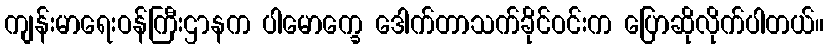
ကျန်းမာရေးဝန်ကြီးဌာနက ပါမောက္ခေ ဒေါက်တာသက်ခိုင်ဝင်းက ပြောဆိုလိုက်ပါတယ်။